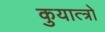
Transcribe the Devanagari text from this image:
कुयात्त्रो